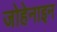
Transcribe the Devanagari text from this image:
जोहेनाइन